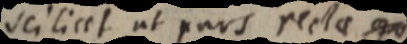
scilicet ut pars recta qu